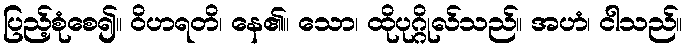
ပြည့်စုံစေ၍။ ဝိဟရတိ၊ နေ၏။ သော၊ ထိုပုဂ္ဂိုလ်သည်။ အဟံ၊ ငါသည်။